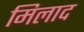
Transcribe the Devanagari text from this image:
मिलाद